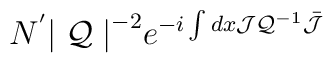
N^{'} {\mid {\cal Q} \mid}^{-2} e^{-i \int dx {\cal J}{{\cal Q}}^{-1} \bar{{\cal J}} }